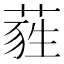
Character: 𦷃